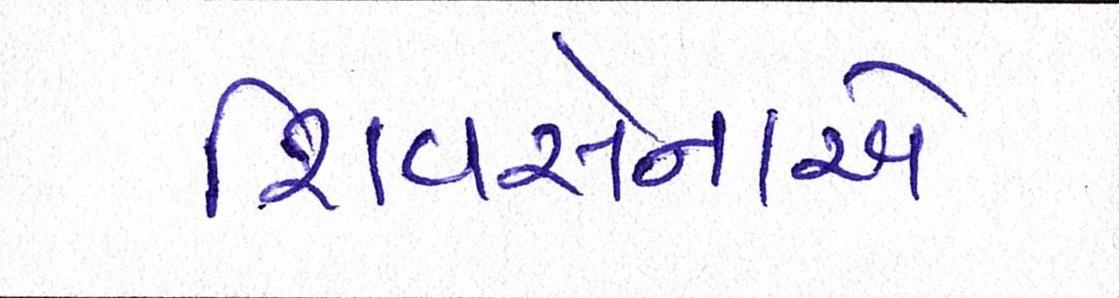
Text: શિવસેનાએ